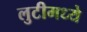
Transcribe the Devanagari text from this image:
लुटीमध्ये